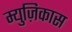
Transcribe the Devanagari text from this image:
म्युज़िकास